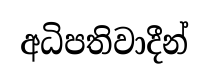
අධිපතිවාදීන්